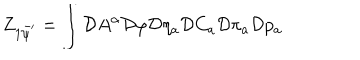
Z _ { 1 \bar { \psi } ^ { \prime } } = \int \mathcal { D } A ^ { \alpha } \mathcal { D } \varphi \mathcal { D } \eta _ { a } \mathcal { D } C _ { a } \mathcal { D } \pi _ { a } \mathcal { D } p _ { a }